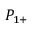
P _ { 1 + }